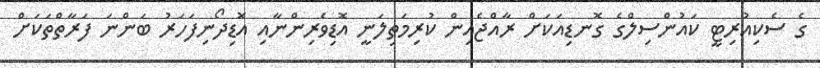
ގެ ސެކިއުރިޓީ ކައުންސިލްގެ ގޮނޑިއަކަށް ރާއްޖެއިން ކުރިމަތިލަނީ އޮޑިވެރިންނާއި އޮޑިދޯނިފަހަރު ބަންނަ ފަރާތްތަކަށް